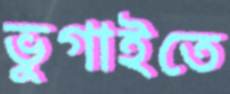
ভুগাইতে